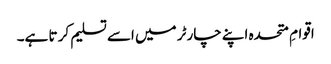
اقوامِ متحدہ اپنے چارٹر میں اسے تسلیم کر تا ہے۔